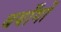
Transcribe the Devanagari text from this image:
बयाँगों